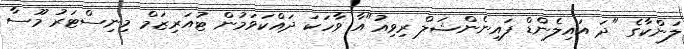
ލަންކާގެ "ދަ އައިލެންޑް ފައިނެންޝަލް ރިވިއު"އާ ވާހަކަ ދައްކަވަމުން ޓުއަރިޒަމް މިނިސްޓަރު މޫސާ